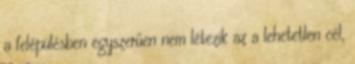
a felépülésben egyszerűen nem létezik az a lehetetlen cél,